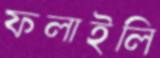
ফলাইলি